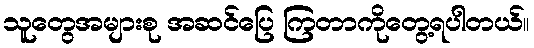
သူတွေအများစု အဆင်ပြေ ကြတာကိုတွေ့ရပါတယ်။